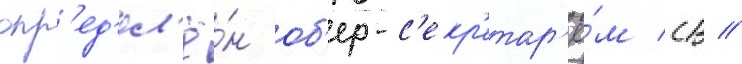
опр'ед'ел'ё́н об'ер-с'екр'етар'ё́м св //